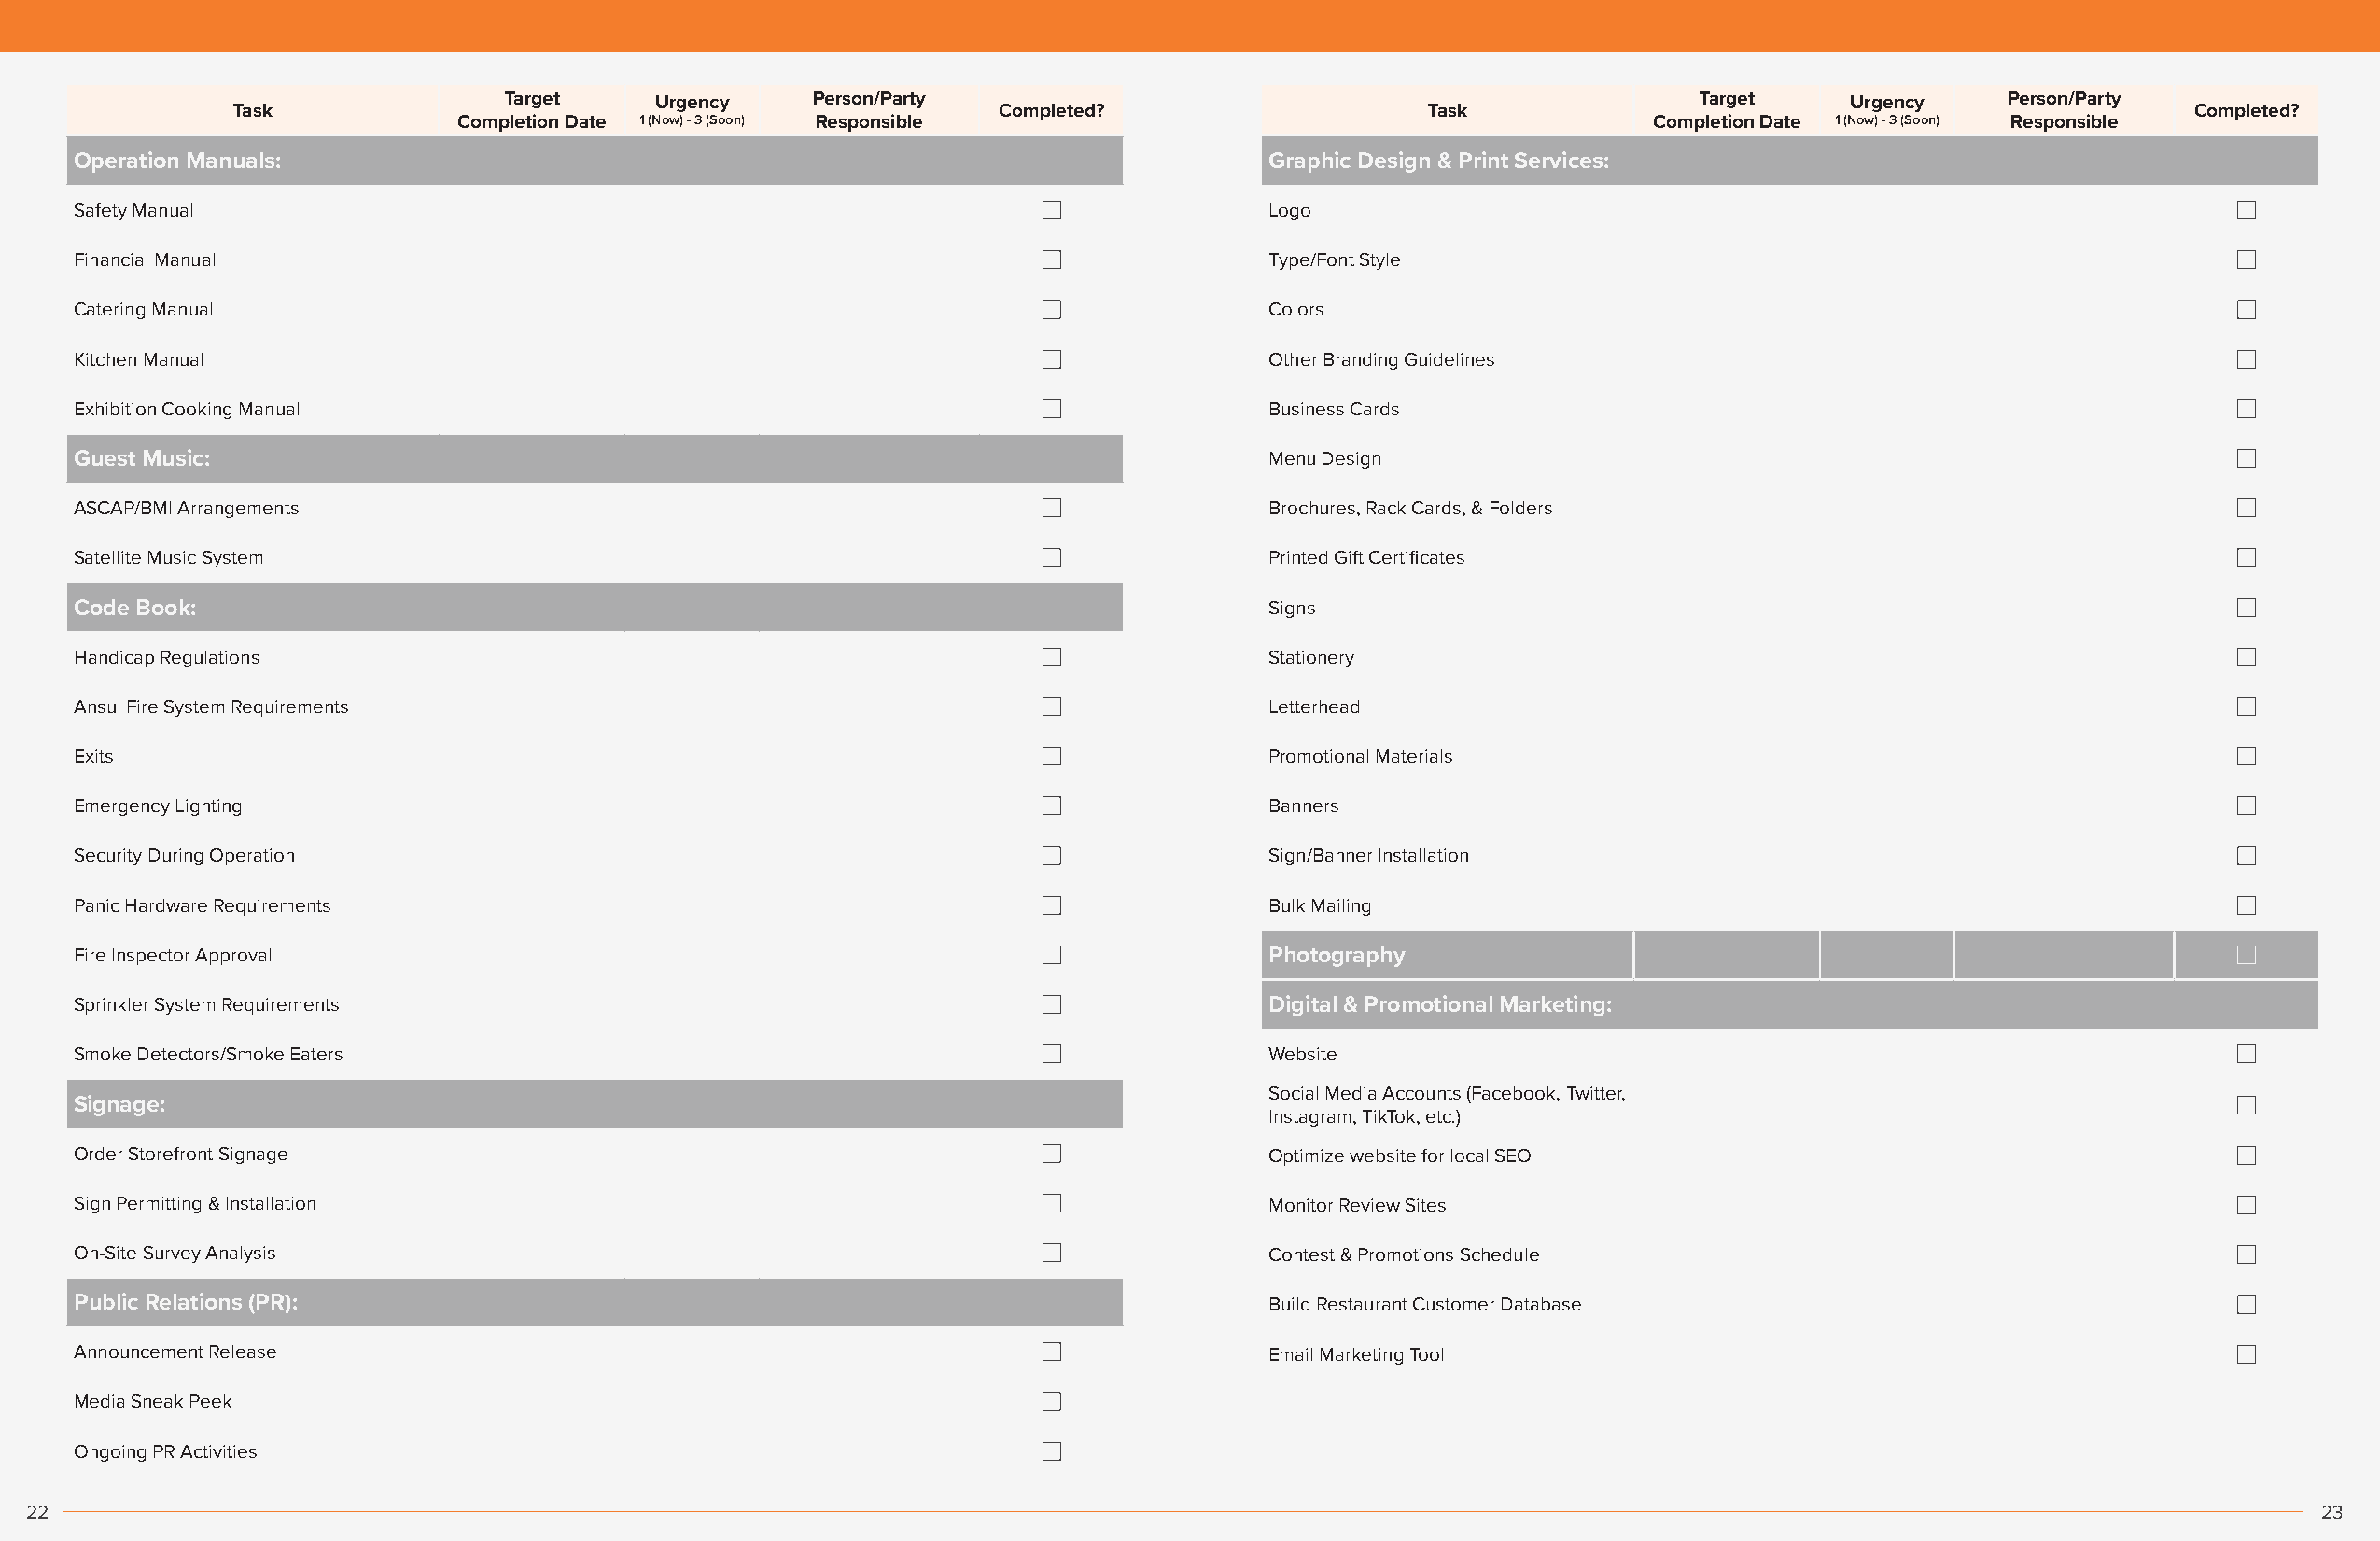
Target    Urgency     Person/Party                                                   Target    Urgency    Person/Party
 Task                                                   Completed?                    Task                                                   Completed?
 Completion Date 1 (Now) - 3 (Soon) Responsible                                       Completion Date 1 (Now) - 3 (Soon) Responsible
 Operation Manuals:                                                                   Graphic Design & Print Services:
 Safety Manual                                                                        Logo
 Financial Manual                                                                     Type/Font Style
 Catering Manual                                                                      Colors
 Kitchen Manual                                                                       Other Branding Guidelines
 Exhibition Cooking Manual                                                            Business Cards
 Guest Music:                                                                         Menu Design
 ASCAP/BMI Arrangements                                                               Brochures, Rack Cards, & Folders
 Satellite Music System                                                               Printed Gift Certificates
 Code Book:                                                                           Signs
 Handicap Regulations                                                                 Stationery
 Ansul Fire System Requirements                                                       Letterhead
 Exits                                                                                Promotional Materials
 Emergency Lighting                                                                   Banners
 Security During Operation                                                            Sign/Banner Installation
 Panic Hardware Requirements                                                          Bulk Mailing
 Fire Inspector Approval                                                              Photography
 Sprinkler System Requirements                                                        Digital & Promotional Marketing:
 Smoke Detectors/Smoke Eaters                                                         Website
 Social Media Accounts (Facebook, Twitter,
 Signage:
 Instagram, TikTok, etc.)
 Order Storefront Signage                                                             Optimize website for local SEO
 Sign Permitting & Installation                                                       Monitor Review Sites
 On-Site Survey Analysis                                                              Contest & Promotions Schedule
 Public Relations (PR):                                                               Build Restaurant Customer Database
 Announcement Release                                                                 Email Marketing Tool
 Media Sneak Peek
 Ongoing PR Activities
 22                                                                                                                                                                 23